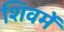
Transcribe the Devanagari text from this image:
शिवमें